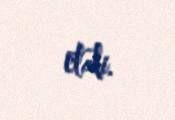
etdi.